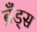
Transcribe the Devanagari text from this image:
ब्रँड्स